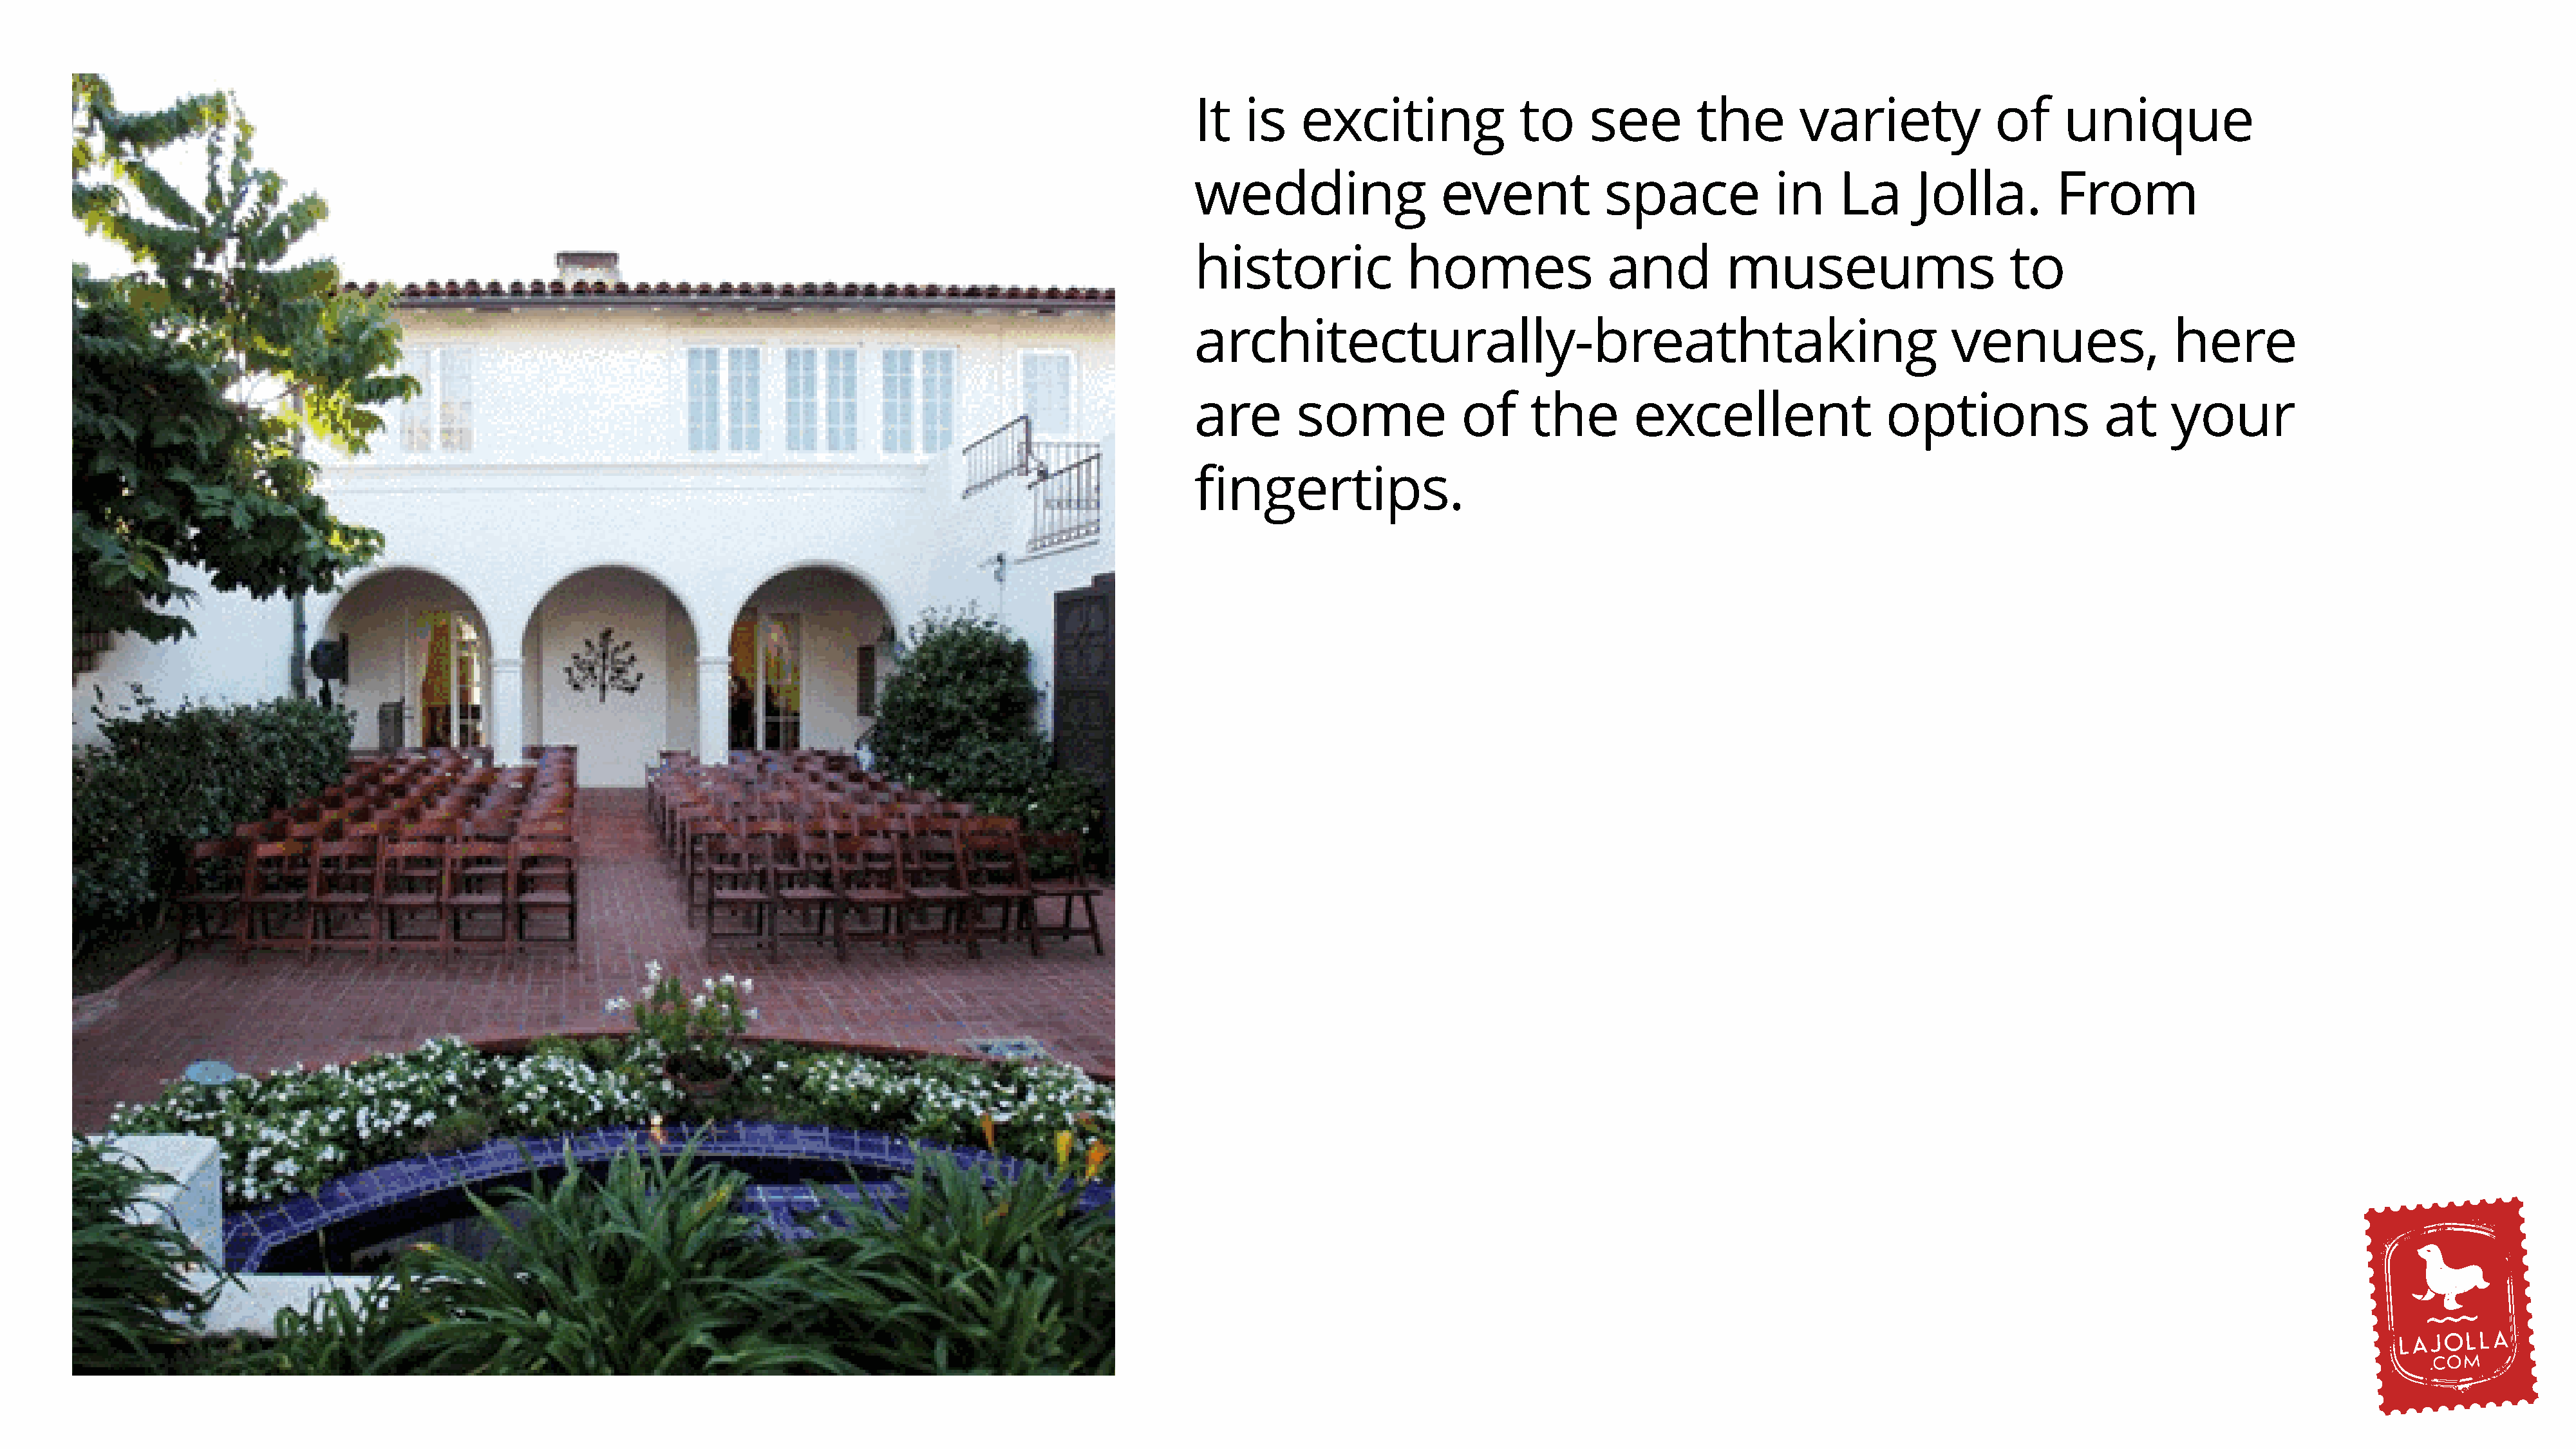
It   is    exciting              to     see        the        variety             of     unique
 wedding                  event            space            in     La      Jolla.        From
 historic              homes               and         museums                       to
 architecturally-breathtaking                                                  venues,               here
 are       some             of     the        excellent                 options               at     your
 fingertips.